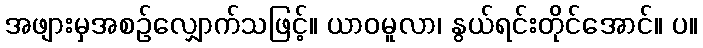
အဖျားမှအစဉ်လျှောက်သဖြင့်။ ယာဝမူလာ၊ နွယ်ရင်းတိုင်အောင်။ ပ။